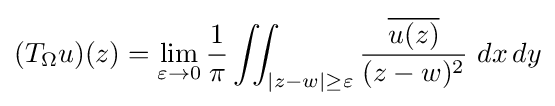
(T_{\Omega }u)(z)=\lim _{\varepsilon \to 0}{1 \over \pi }\iint _{|z-w|\geq \varepsilon }{{\overline {u(z)}} \over (z-w)^{2}}\,\,dx\,dy